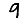
Digit: 9